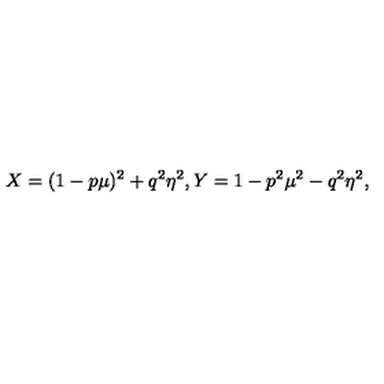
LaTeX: X = ( 1 - p \mu ) ^ { 2 } + q ^ { 2 } \eta ^ { 2 } , Y = 1 - p ^ { 2 } \mu ^ { 2 } - q ^ { 2 } \eta ^ { 2 } ,